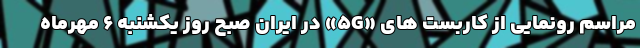
مراسم رونمایی از کاربست های «5G» در ایران صبح روز یکشنبه 6 مهرماه